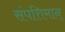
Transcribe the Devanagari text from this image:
संपत्तिमान्‌